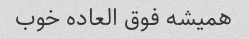
همیشه فوق العاده خوب